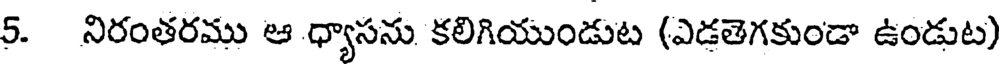
5. నిరంతరము ఆ ధ్యాసను కలిగియుండుట (ఎడతెగకుండా ఉండుట)